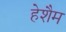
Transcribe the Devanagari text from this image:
हेशैम